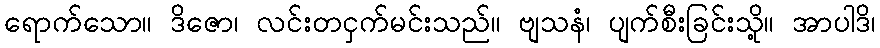
ရောက်သော။ ဒိဇော၊ လင်းတငှက်မင်းသည်။ ဗျသနံ၊ ပျက်စီးခြင်းသို့။ အာပါဒိ၊